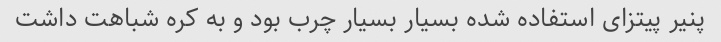
پنیر پیتزای استفاده شده بسیار بسیار چرب بود و به کره شباهت داشت